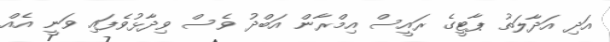
އަދި އަދާލަތު ޕާޓީގެ ރައީސް އިމްރާން އަބްދު ވެސް ވިދާޅުވެފައި ވަނީ އެެއް